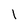
Character: 1